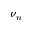
\nu _ { n }